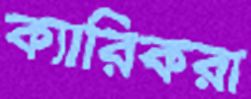
ক্যারিকরা